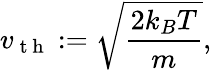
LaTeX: v_{\mathrm{~t~h~}}\mathrel{\mathop:}=\sqrt{\frac{2k_{B}T}{m}},